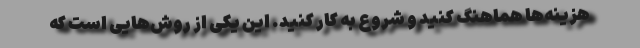
هزینه‌ها هماهنگ کنید و شروع به کار کنید. این یکی از روش‌هایی است که